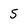
Character: 5